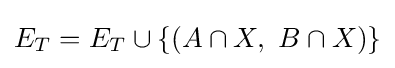
E_{T}=E_{T}\cup \{(A\cap X,\ B\cap X)\}